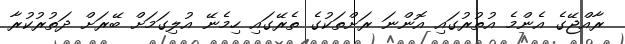
ރާއްޖޭގެ އެންމެ އުތުރުގައި އޮންނަ ރަށްތަކުގެ ތެރޭގައި ހިމެނޭ އުލިގަމަށް ބޭރަށް ދަތުރުކުރާ